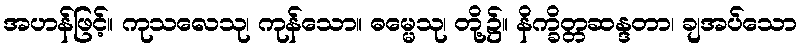
အဟန်ဖြင့်။ ကုသလေသု၊ ကုန်သော။ ဓမ္မေသု၊ တို့၌။ နိက္ခိတ္တဆန္ဒတာ၊ ချအပ်သော